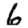
Digit: 6